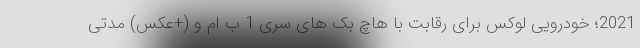
2021؛ خودرویی لوکس برای رقابت با هاچ بک های سری 1 ب ام و (+عکس) مدتی